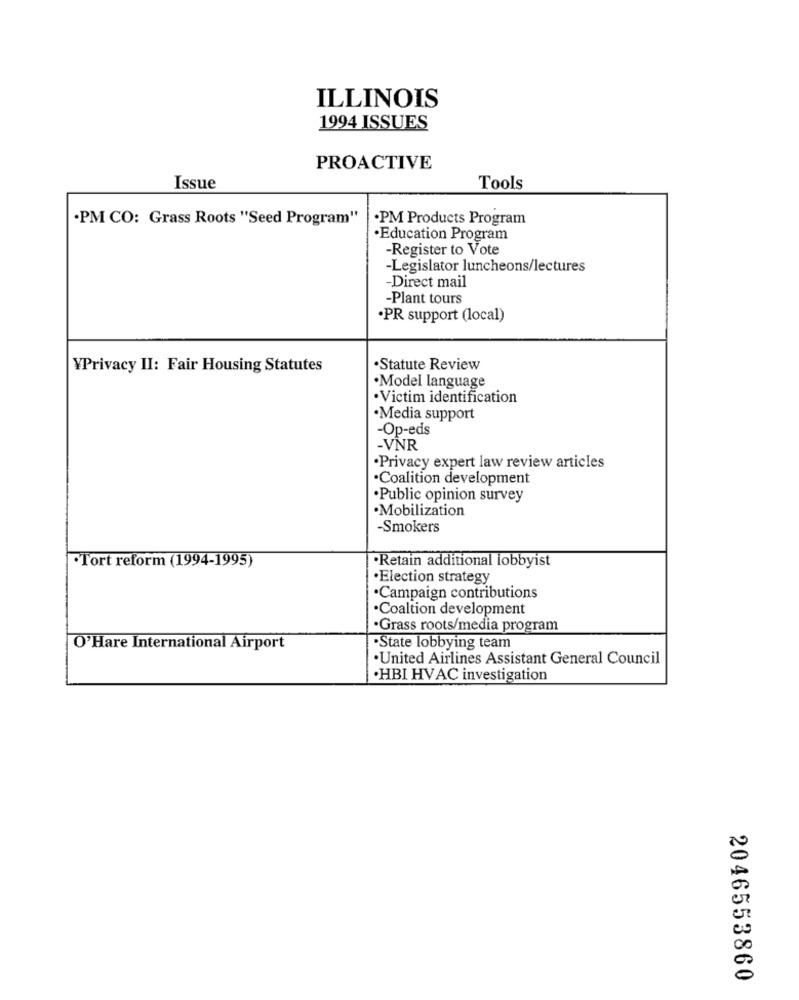
ILLINOIS
1994 ISSUES
PROACTIVE
Issue
Tools
.PM CO: Grass Roots "Seed Program"
.PM Products Program
Education Program
-Register to Vote
-Legislator luncheons/lectures
-Direct mail
-Plant tours
·PR support (local)
YPrivacy II: Fair Housing Statutes
·Statute Review
·Model language
·Victim identification
·Media support
-Op-eds
-VNR
·Privacy expert law review articles
Coalition development
·Public opinion survey
·Mobilization
-Smokers
.Retain additional lobbyist
.Tort reform (1994-1995)
·Election strategy
·Campaign contributions
·Coaltion development
Grass roots/media program
O'Hare International Airport
·State lobbying team
·United Airlines Assistant General Council
·HBI HVAC investigation
2046553860